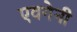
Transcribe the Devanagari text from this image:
एवगेनी